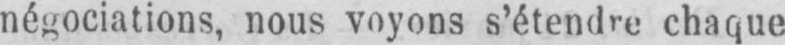
négociations, nous voyons s’étendre chaque